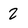
Character: 2